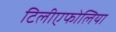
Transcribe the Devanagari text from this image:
टिलीएफोलिया